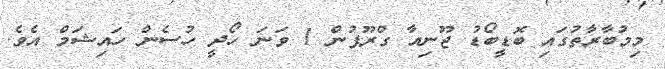
މިމުބާރާތުގައި ބޮޑީބޯޑު ޖޫނިއާ ގްރޫޕުން 1 ވަނަ ހޯދީ ހުސެން ހައިޝަމް އެވެ.